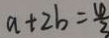
a + 2 b = \frac { 4 } { 3 }